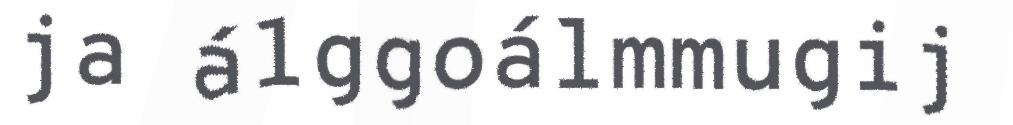
ja álggoálmmugij